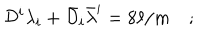
{ \cal D } ^ { i } \lambda _ { i } + \bar { \cal D } _ { i } \bar { \lambda } ^ { i } = 8 \ell / m \quad ;